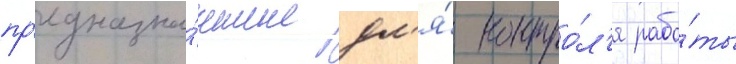
пр'едназна́ченные дл'я́ контро́л'я рабо́ты